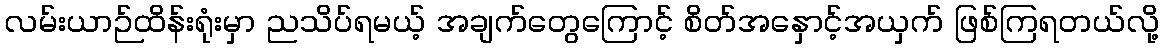
လမ်းယာဉ်ထိန်းရုံးမှာ ညသိပ်ရမယ့် အချက်တွေကြောင့် စိတ်အနှောင့်အယှက် ဖြစ်ကြရတယ်လို့